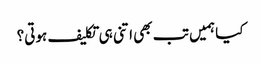
کیا ہمیں تب بھی اتنی ہی تکلیف ہوتی؟